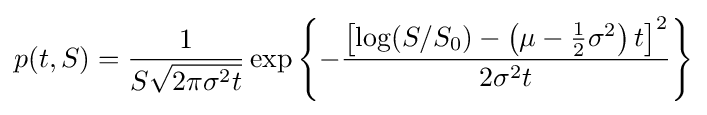
p(t,S)={1 \over {S{\sqrt {2\pi \sigma ^{2}t}}}}\exp \left\{-{\left[\log(S/S_{0})-\left(\mu -{1 \over {2}}\sigma ^{2}\right)t\right]^{2} \over {2\sigma ^{2}t}}\right\}